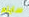
سايلم